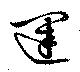
運